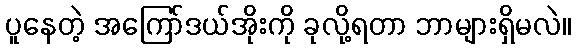
ပူနေတဲ့ အကြော်ဒယ်အိုးကို ခုလို့ရတာ ဘာများရှိမလဲ။